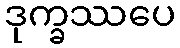
ဒုက္ခဿပေ